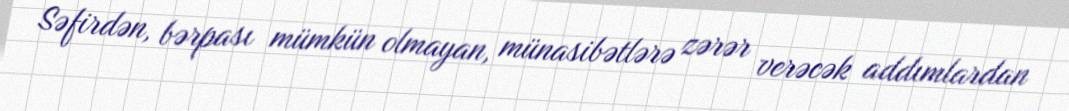
Səfirdən, bərpası mümkün olmayan, münasibətlərə zərər verəcək addımlardan